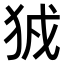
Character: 𤞉